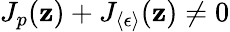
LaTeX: J_{p}(\mathbf{z})+J_{\langle\epsilon\rangle}(\mathbf{z})\ne0